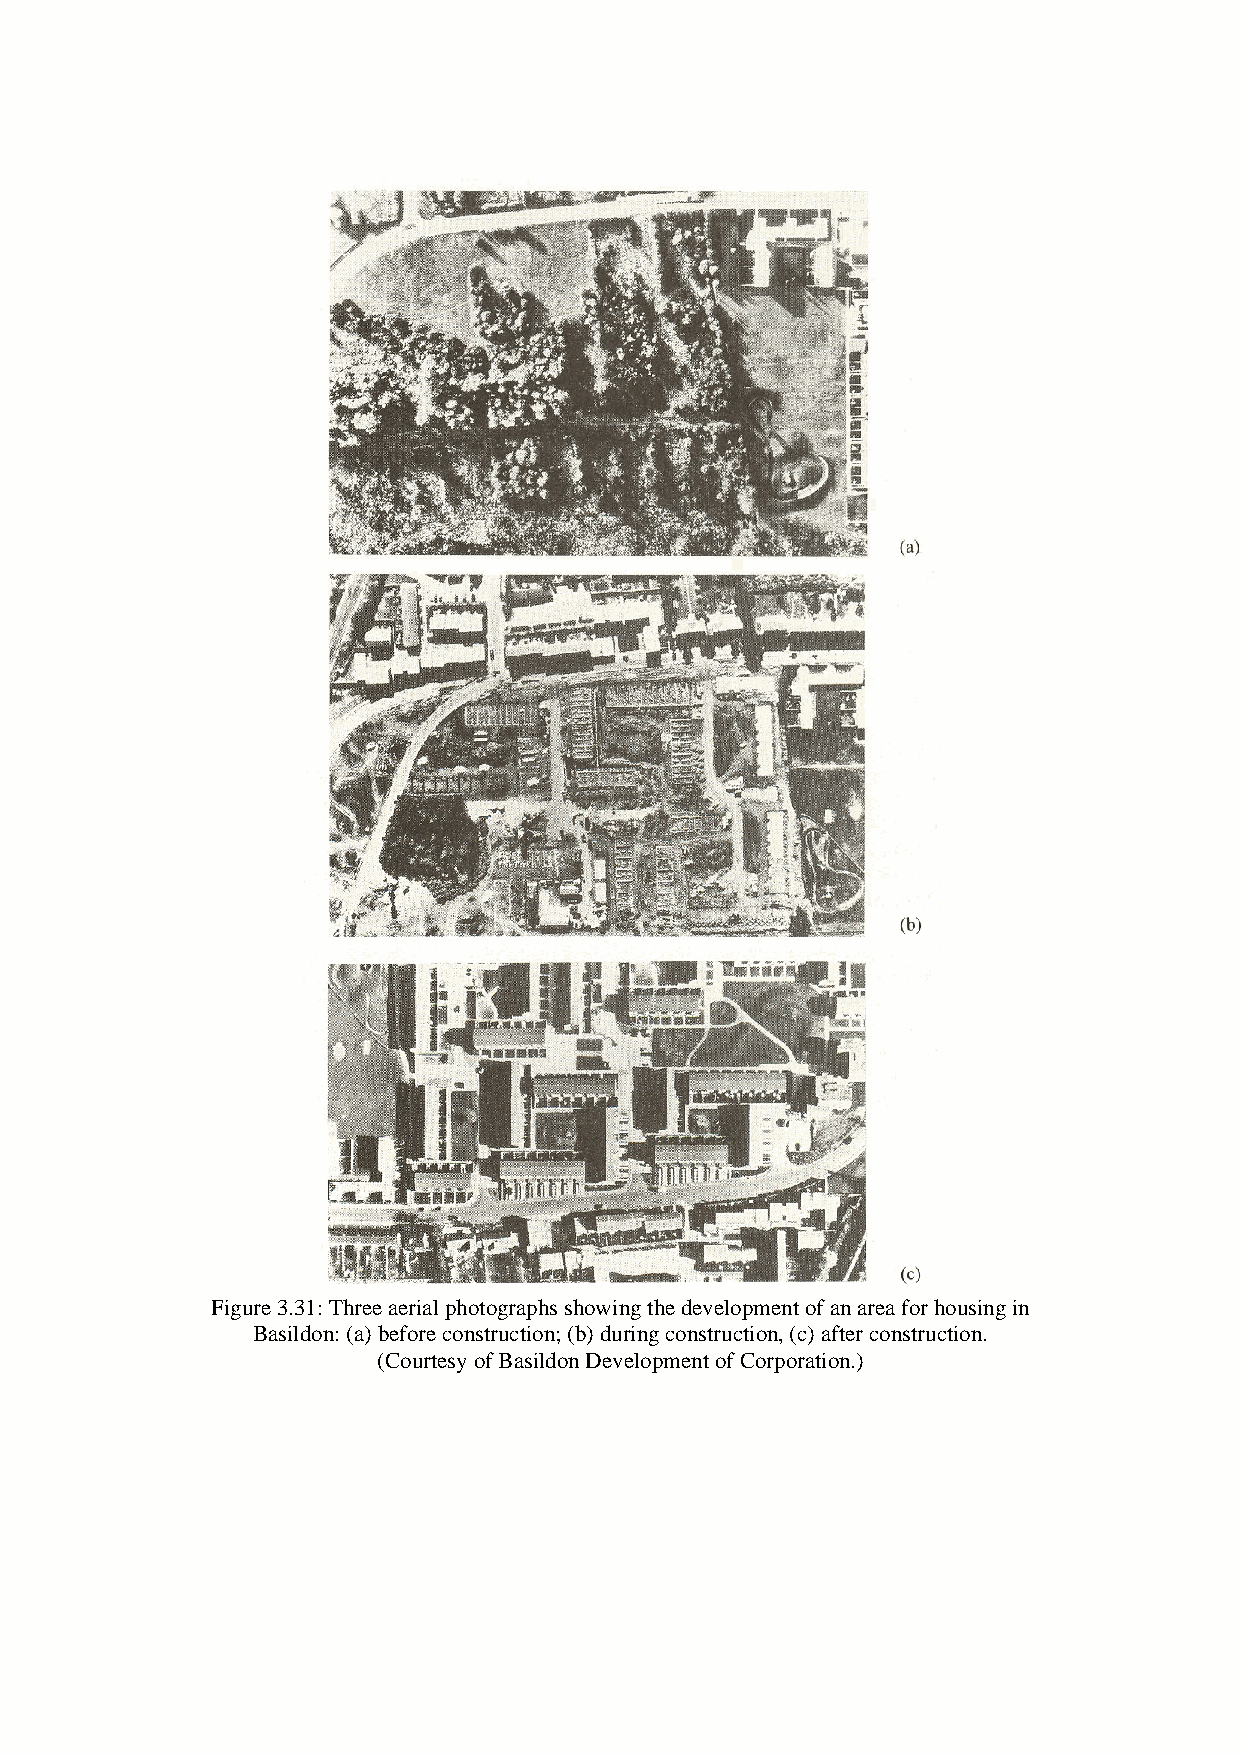
Figure 3.31: Three aerial photographs showing the development of an area for housing in
 Basildon: (a) before construction; (b) during construction, (c) after construction.
 (Courtesy of Basildon Development of Corporation.)